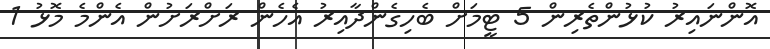
އޮންނައިރު ކުޅުންތެރިން 5 ޓީމަށް ބެހިގެންދާއިރު އެހެން ރަށްރަށުން އެންމެ މޮޅު 1